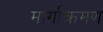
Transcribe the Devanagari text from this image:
मार्गाक्रमण